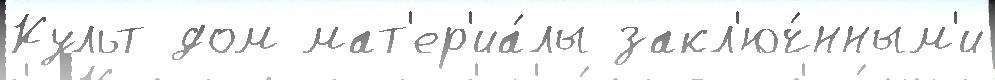
Культ дом мат'ер'иа́лы закл'юч́нным'и